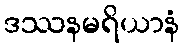
ဒဿနမရိယာနံ